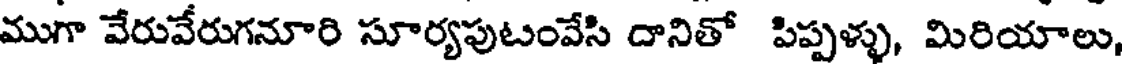
ముగా వేరువేరుగనూరి సూర్యపుటంవేసి దానితో పిప్పళ్ళు, మిరియాలు,